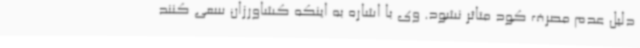
دلیل عدم مصرف کود متاثر نشود. وی با اشاره به اینکه کشاورزان سعی کنند